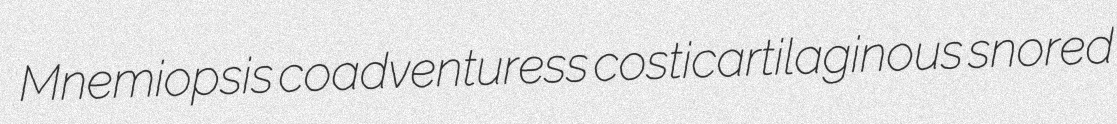
Mnemiopsis coadventuress costicartilaginous snored